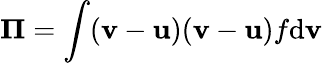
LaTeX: {\mathbf\Pi}=\int({\mathbf v}-{\mathbf u})({\mathbf v}-{\mathbf u})f\mathrm{d}{\mathbf v}